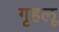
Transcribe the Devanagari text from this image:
गृहलू